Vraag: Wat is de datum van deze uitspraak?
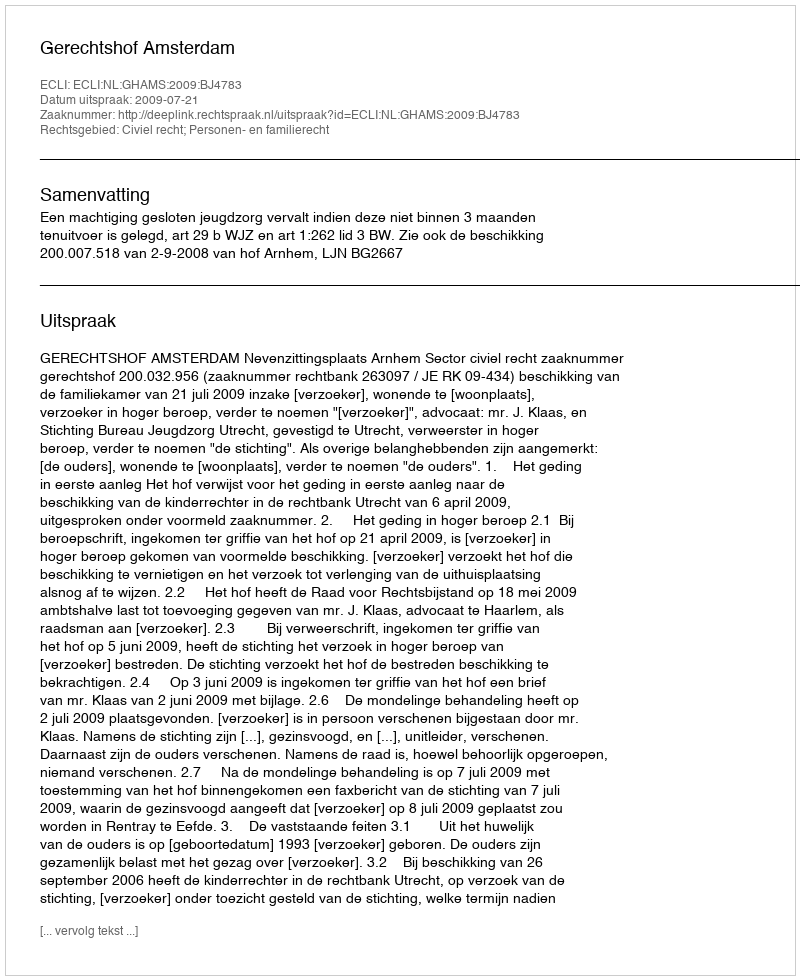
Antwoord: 2009-07-21